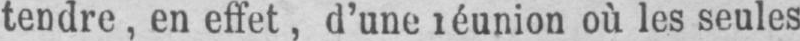
tendre, en effet, d’une réunion où les seules